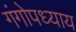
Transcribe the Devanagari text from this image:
गंगोपध्याय